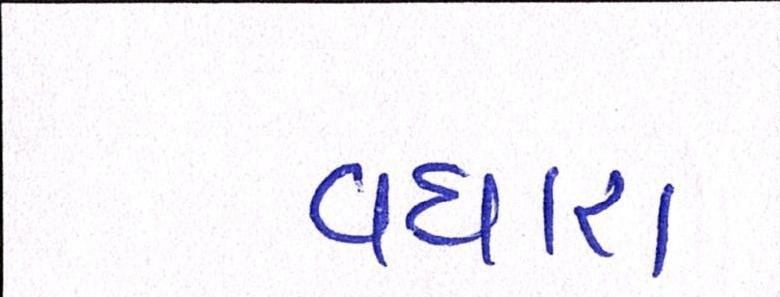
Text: વધારા